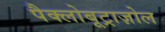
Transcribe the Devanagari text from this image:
पैक्लोबूट्राज़ोल